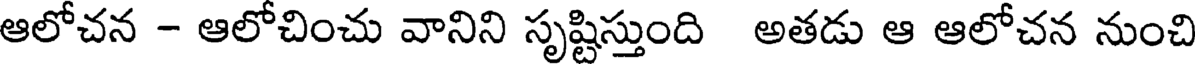
ఆలోచన - ఆలోచించు వానిని సృష్టిస్తుంది అతడు ఆ ఆలోచన నుంచి